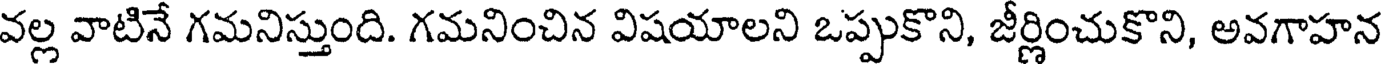
వల్ల వాటినే గమనిస్తుంది. గమనించిన విషయాలని ఒప్పుకొని, జీర్ణించుకొని, అవగాహన